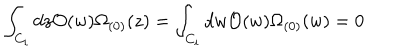
\int _ { C _ { i } } d z { \cal O } ( w ) \Omega _ { ( 0 ) } ( z ) = \int _ { C _ { i } } d w { \cal O } ( w ) \Omega _ { ( 0 ) } ( w ) = 0